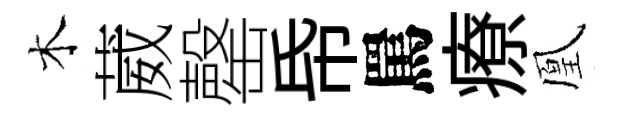
木葳罄帋罵療凰